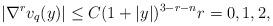
LaTeX: \begin{align*}|\nabla^{r}v_{q}(y)|\le C(1+|y|)^{3-r-n}r=0,1,2,\end{align*}